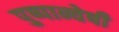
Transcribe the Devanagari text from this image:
पुष्पान्वेषी